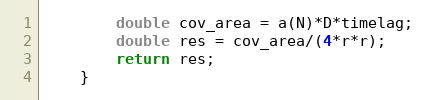
Language: Java
		double cov_area = a(N)*D*timelag;
		double res = cov_area/(4*r*r);
		return res;
	}